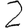
Digit: 2